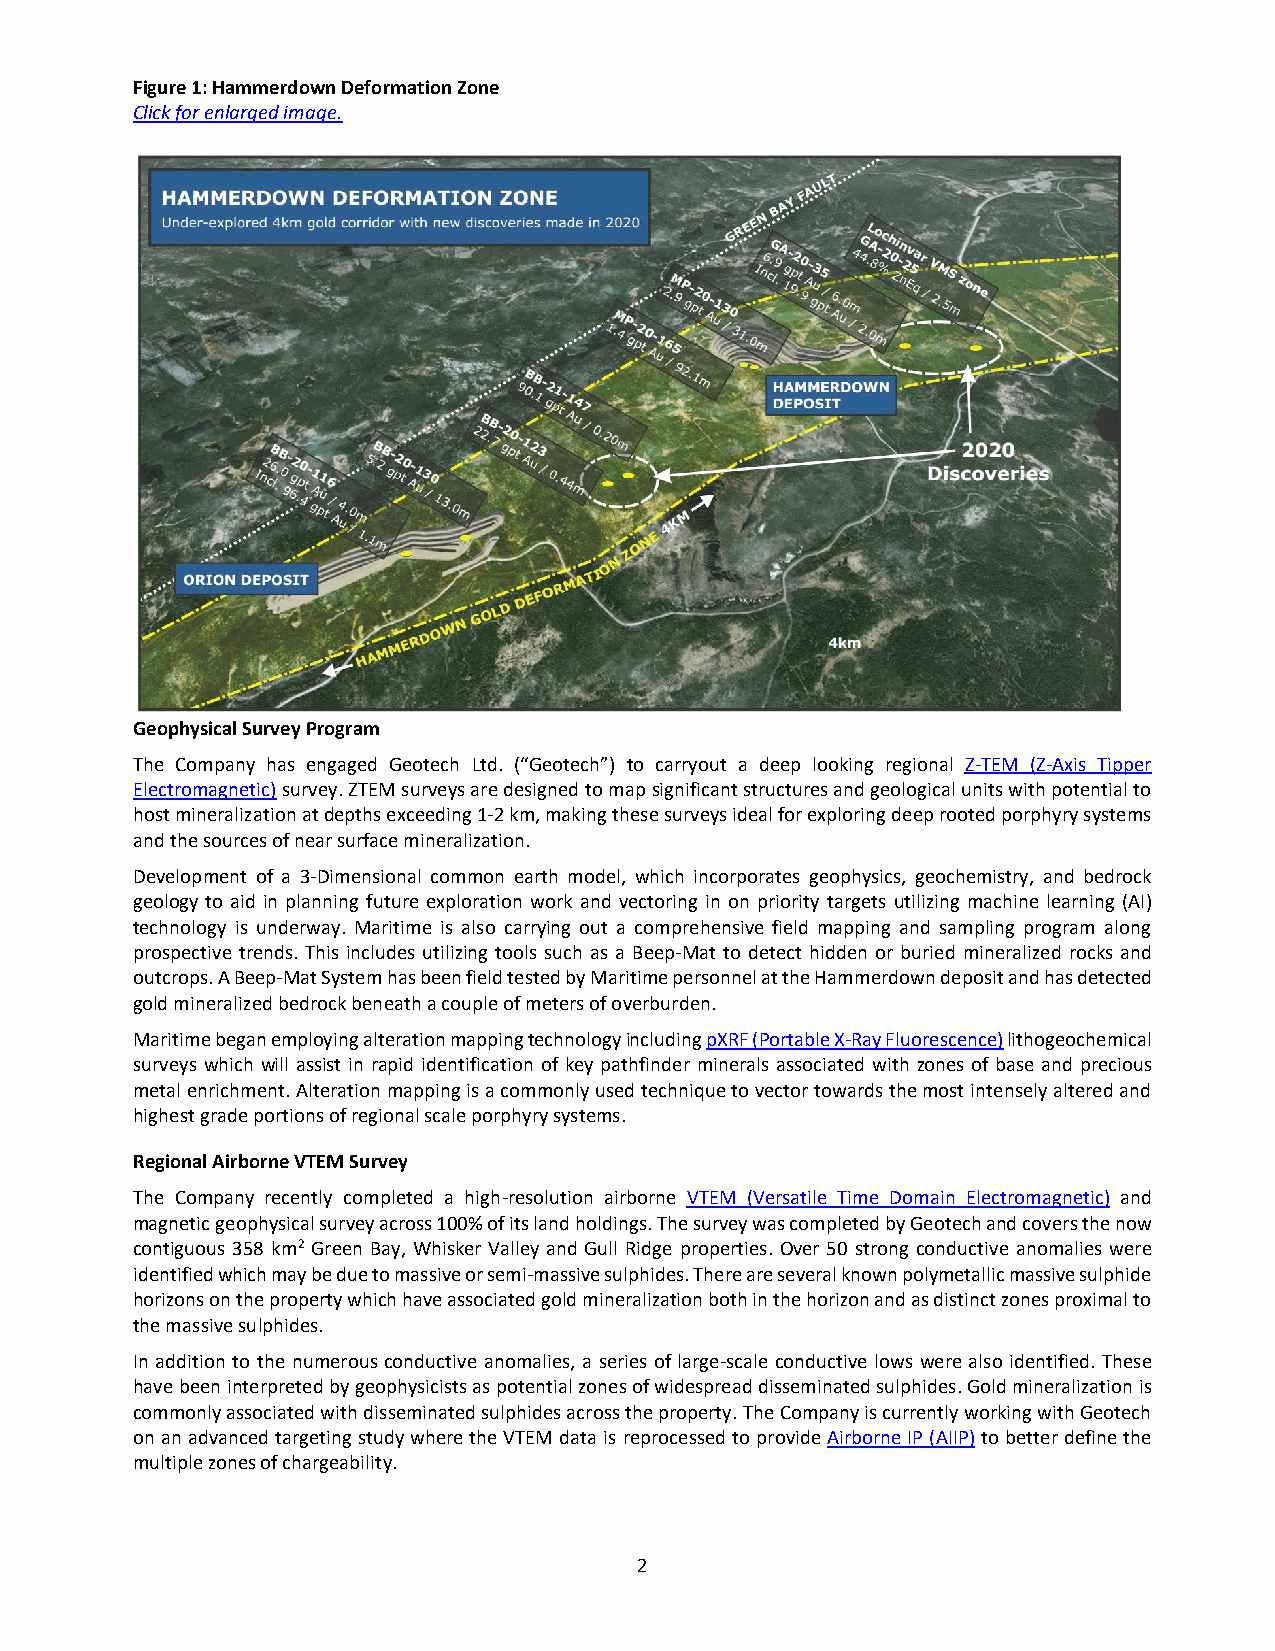
Figure 1: Hammerdown Deformation Zone
 Click for enlarged image.
 Geophysical Survey Program
 The Company has engaged Geotech Ltd. (“Geotech”) to carryout a deep looking regional Z-TEM (Z-Axis Tipper
 Electromagnetic) survey. ZTEM surveys are designed to map significant structures and geological units with potential to
 host mineralization at depths exceeding 1-2 km, making these surveys ideal for exploring deep rooted porphyry systems
 and the sources of near surface mineralization.
 Development of a 3-Dimensional common earth model, which incorporates geophysics, geochemistry, and bedrock
 geology to aid in planning future exploration work and vectoring in on priority targets utilizing machine learning (AI)
 technology is underway. Maritime is also carrying out a comprehensive field mapping and sampling program along
 prospective trends. This includes utilizing tools such as a Beep-Mat to detect hidden or buried mineralized rocks and
 outcrops. A Beep-Mat System has been field tested by Maritime personnel at the Hammerdown deposit and has detected
 gold mineralized bedrock beneath a couple of meters of overburden.
 Maritime began employing alteration mapping technology including pXRF (Portable X-Ray Fluorescence) lithogeochemical
 surveys which will assist in rapid identification of key pathfinder minerals associated with zones of base and precious
 metal enrichment. Alteration mapping is a commonly used technique to vector towards the most intensely altered and
 highest grade portions of regional scale porphyry systems.
 Regional Airborne VTEM Survey
 The Company recently completed a high-resolution airborne VTEM (Versatile Time Domain Electromagnetic) and
 magnetic geophysical survey across 100% of its land holdings. The survey was completed by Geotech and covers the now
 contiguous 358 km2 Green Bay, Whisker Valley and Gull Ridge properties. Over 50 strong conductive anomalies were
 identified which may be due to massive or semi-massive sulphides. There are several known polymetallic massive sulphide
 horizons on the property which have associated gold mineralization both in the horizon and as distinct zones proximal to
 the massive sulphides.
 In addition to the numerous conductive anomalies, a series of large-scale conductive lows were also identified. These
 have been interpreted by geophysicists as potential zones of widespread disseminated sulphides. Gold mineralization is
 commonly associated with disseminated sulphides across the property. The Company is currently working with Geotech
 on an advanced targeting study where the VTEM data is reprocessed to provide Airborne IP (AIIP) to better define the
 multiple zones of chargeability.
 2